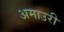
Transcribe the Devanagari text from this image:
अमाउरी